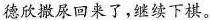
德欣撒尿回来了，继续下棋